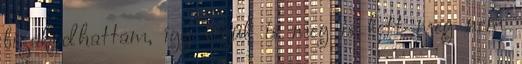
bizakodhattam, így végül is meg is lett meg nem